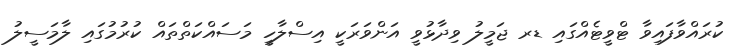
ކުރައްވާފައިވާ ޓްވީޓެއްގައި ޑރ ޖަމީލު ވިދާޅުވީ އަންވަރަކީ އިސްލާހީ މަސައްކަތްތައް ކުރުމުގައި ލާމަސީލު